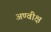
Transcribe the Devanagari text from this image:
अण्वीक्ष